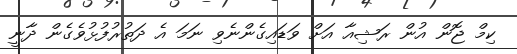
ކިމް ޖޮން އުން ރަޝިއާ އަށް ވަޑައިގެންނެވި ނަމަ އެ ދަތުރުފުޅުވެގެން ދާނީ